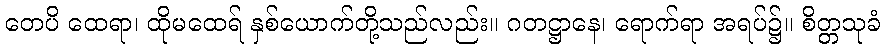
တေပိ ထေရာ၊ ထိုမထေရ် နှစ်ယောက်တို့သည်လည်း။ ဂတဋ္ဌာနေ၊ ရောက်ရာ အရပ်၌။ စိတ္တသုခံ